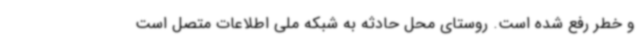
و خطر رفع شده است. روستای محل حادثه به شبکه ملی اطلاعات متصل است